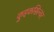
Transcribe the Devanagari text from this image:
कुइकसिल्वर